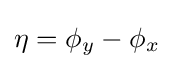
\eta =\phi _{y}-\phi _{x}